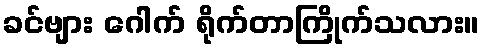
ခင်ဗျား ဂေါက် ရိုက်တာကြိုက်သလား။